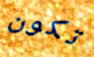
تكون